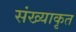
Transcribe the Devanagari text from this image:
संख्याकृत